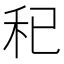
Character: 𥝗